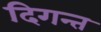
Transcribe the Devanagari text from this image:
दिगन्त